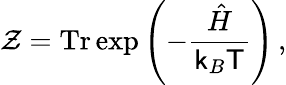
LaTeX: {\mathcal Z}=\mathrm{Tr}\exp\left(-\frac{\hat{H}}{{\sf k}_{B}{\sf T}}\right)\, ,